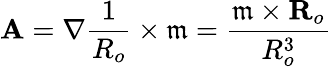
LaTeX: \textbf{A}=\nabla\frac{1}{R_{o}}\times\mathfrak{m}=\frac{\mathfrak{m}\times\textbf{R}_{o}}{R_{o}^{3}}